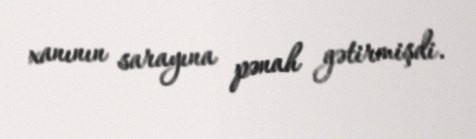
xanının sarayına pənah gətirmişdi.